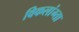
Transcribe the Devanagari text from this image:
विकलांग्‍ता